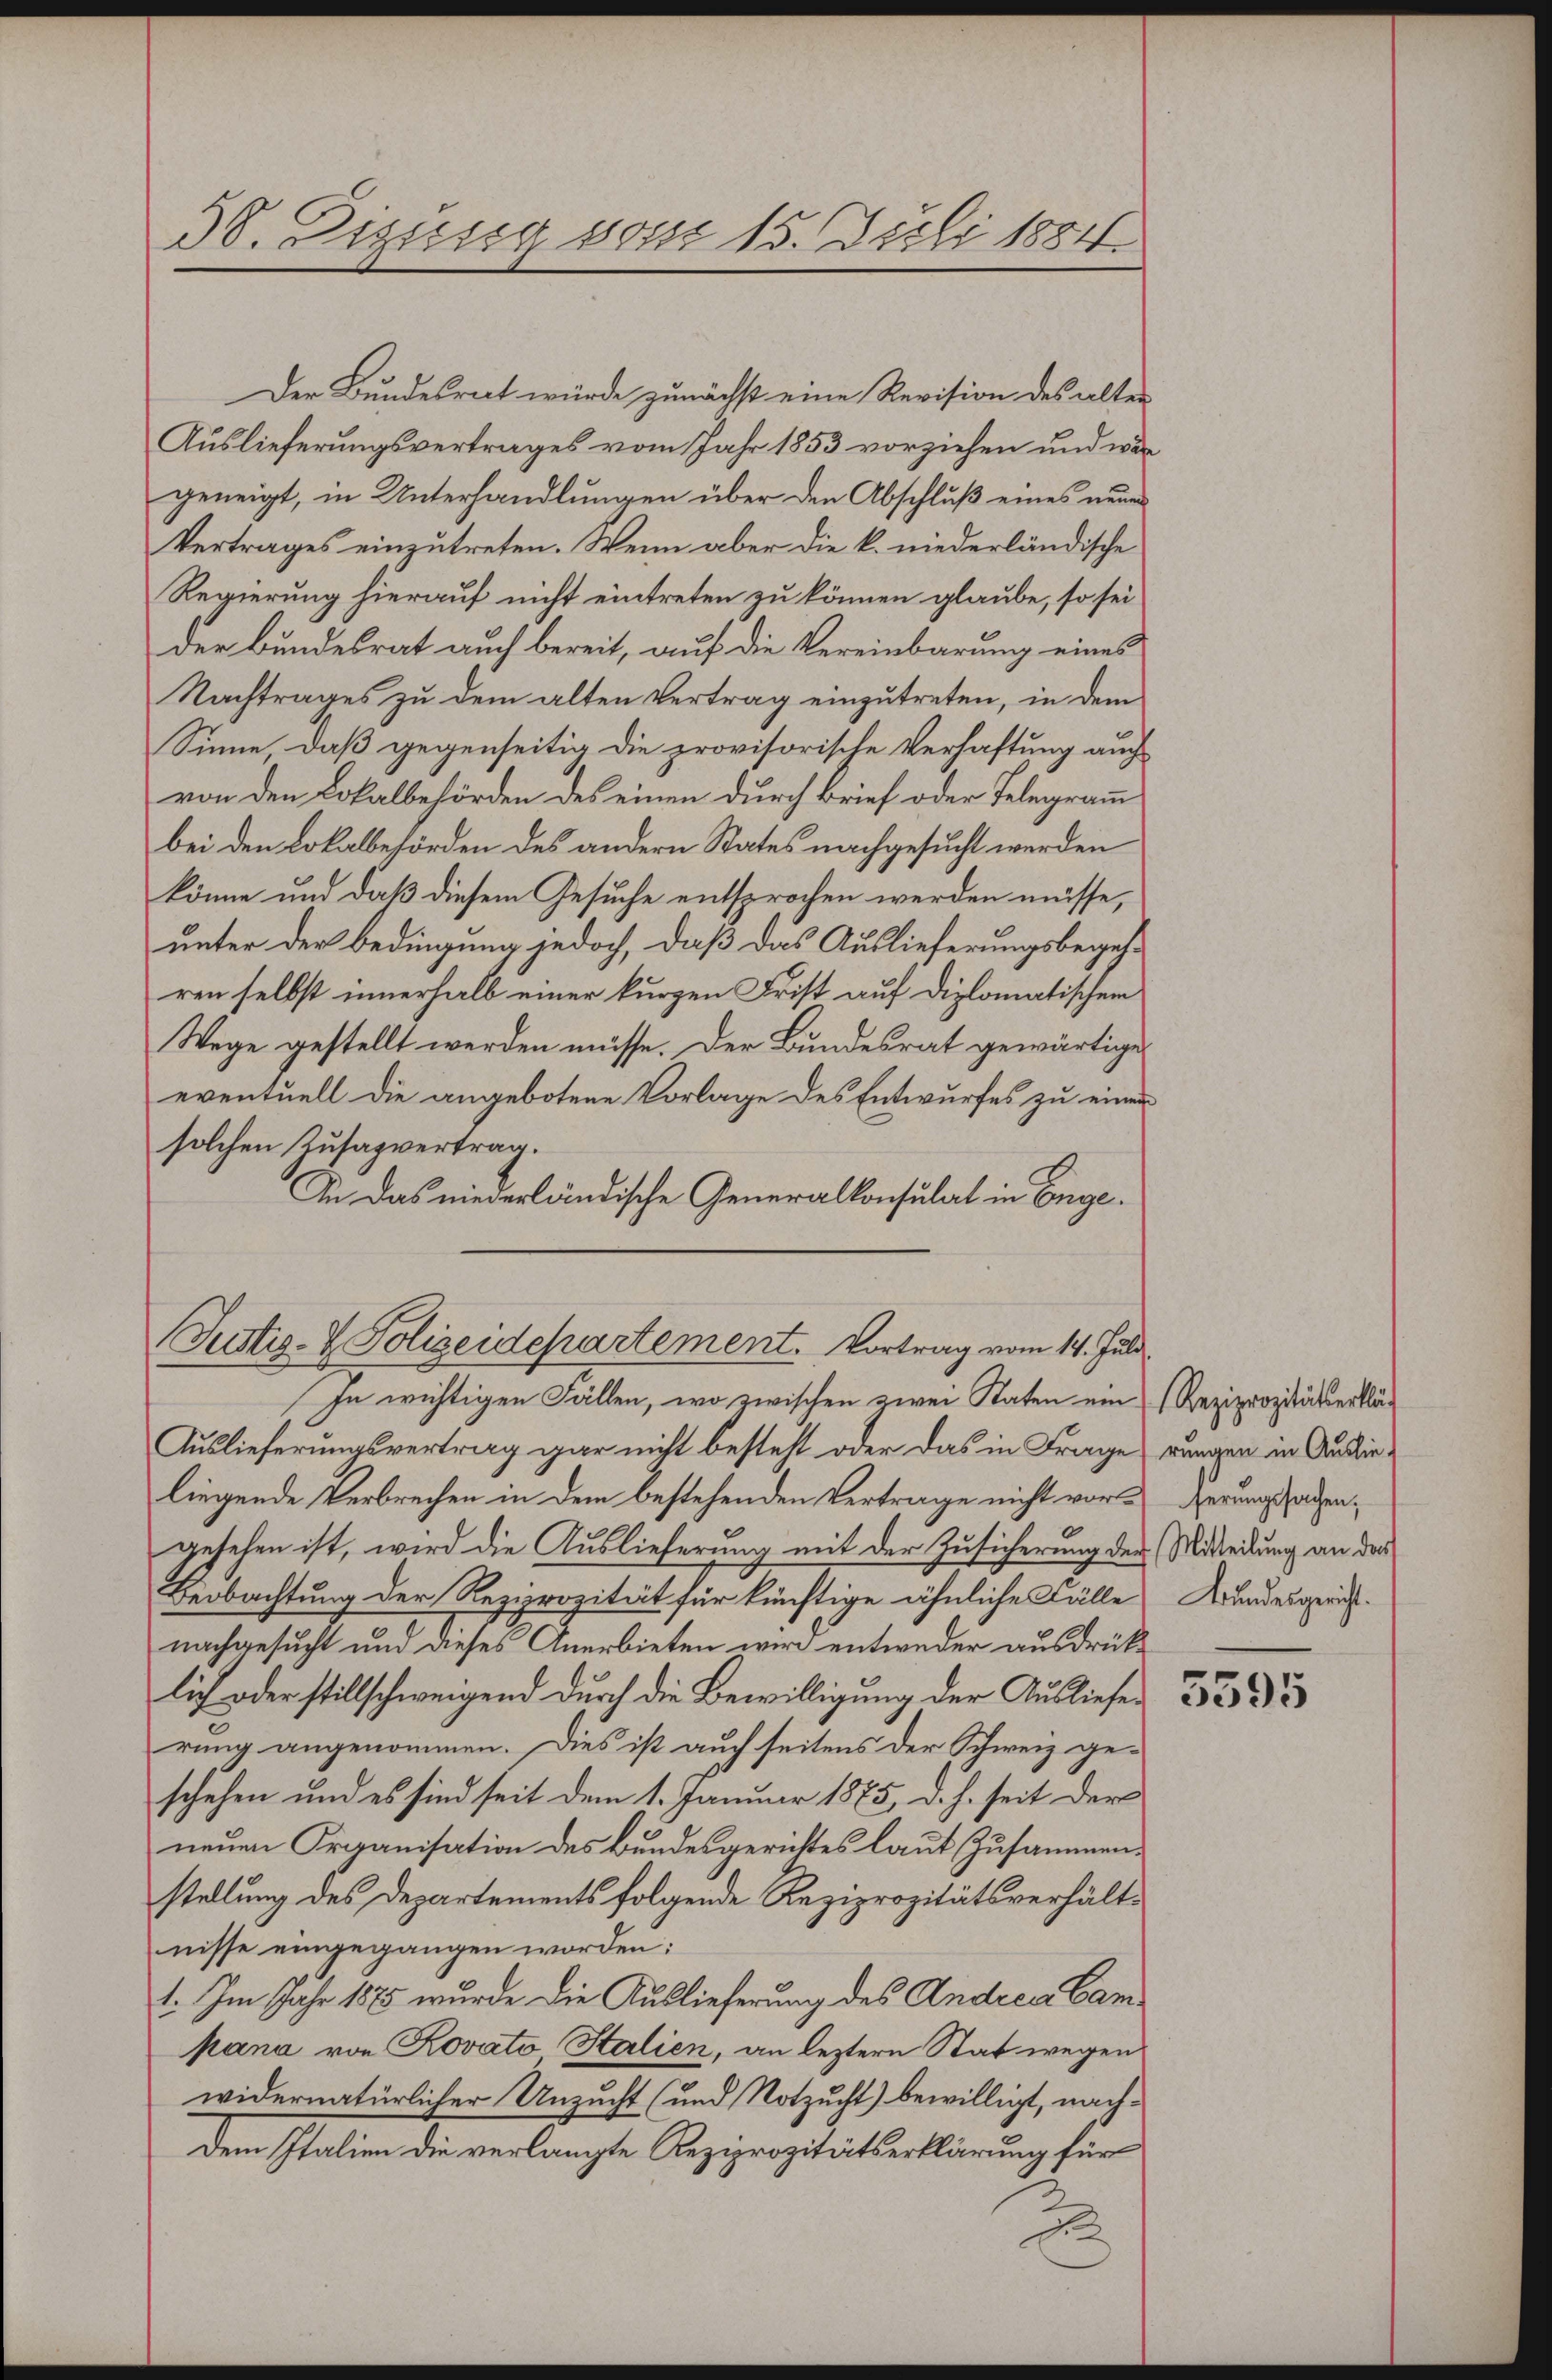
Der Bundesrat würde zunächst eine Revision des alten
Auslieferungsvertrages vom Jahr 1853 vorziehen und wär
geneigt, in Unterhandlungen über den Abschluß eines neuer
Vertrages einzutreten. Wenn aber die k. niederländische
Regierung hierauf nicht eintreten zu können glaube, so sei
der Bundesrat auch bereit, auf die Vereinbarung eines
Nachtrages zu dem alten Vertrag einzutreten, in dem
Sinne, daß gegenseitig die provisorische Verhaftung auch
von den Lokalbehörden des einen durch Brief oder Telegramm
bei den Lokalbehörden des andern States nachgesucht werden
könne und daß diesem Gesuche entsprochen werden müsse,
unter der Bedingung jedoch, daß das Auslieferungsbegehren selbst innerhalb einer kurzen Frist auf diplomatischer
Wege gestellt werden müsse. Der Bundesrat gewärtige
eventuell die angebotene Vorlage des Entwurfes zu einen
solchen Zusagvertrag.
In das niederländische Generalkonsulat in Enge¬

38. Dizusig von 15. Juli 1884.

Justiz- & Polizeidepartement. Vortrag vom 14. Juli
In wichtigen Fällen, wo zwischen zwei Raten ein Reziprozitätserklä¬

Auslieferungsvertrag gar nicht besteht oder das in Frage rungen in Auslieliegende Verbrechen in dem bestehenden Vertrage nicht vorgerungsrathengesehen ist, wird die Auslieferung mit der Zusicherung der Mitteilung an das
Beobachtung der Reziprozität für künftige ähnliche Fälle Bundesgerichtnachgesucht und dieses Anerbieten wir entweder ausdrücklich oder stillschweigend durch die Bewilligung der Auslieferung angenommen. Dies ist auch seitens der Schweiz geschehen und es sind seit dem 1. Januar 1875, d. h. seit der
neuen Organisation des Bundesgerichtes laut Zusammenstellung des Departements folgende Reziprozitätsverhältnisse eingegangen worden:
1. Im Jahr 1885 wurde die Auslieferung des Andere Campana von Kovato Salien, an leztern Stat wegen
widernatürlicher Unzucht (und Notzucht) bewilligt, nach¬
Dem Italien die verlangte Reziprozitätserklärung für
d

5595